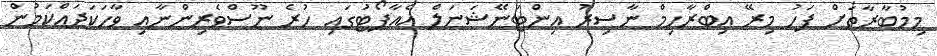
މިމުބާރާތަށް ފަހު މިރޭ އިބްރާހިމް ނާސިރު އިންޓަނޭޝަނަލް އެއާޕޯޓުގައި ހުރެ ނޫސްވެރިންނާއި ވާހަކަދައްކަމުން